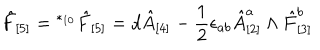
\hat { F } _ { [ 5 ] } = { } ^ { * _ { 1 0 } } \hat { F } _ { [ 5 ] } = d \hat { A } _ { [ 4 ] } - \frac 1 2 \epsilon _ { a b } \hat { A } _ { [ 2 ] } ^ { a } \wedge \hat { F } _ { [ 3 ] } ^ { b }